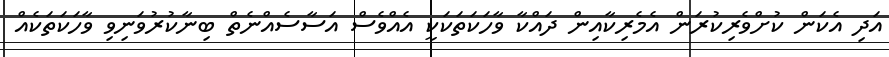
އަދި އެކަން ކުށްވެރިކުރަން އެމެރިކާއިން ދައްކާ ވާހަކަތަކަކީ އެއްވެސް އަސާސެއްނެތް ބިނާކުރުވަނިވި ވާހަކަތަކެއް